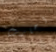
أحارب